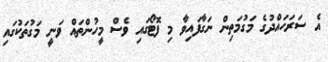
އެ ސަރަހައްދުގެ މަގުމަތިން ނަގާފައިވާ މި ފޮޓޯގައި ވެސް މީހުންތައް ވަނީ މަގުތަކުގައި